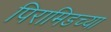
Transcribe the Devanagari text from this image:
पिरामिडच्या